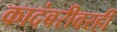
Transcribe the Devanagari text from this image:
कादंबरीवरही